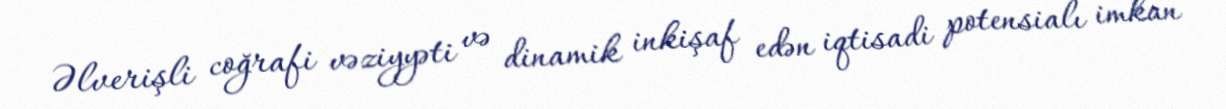
Əlverişli coğrafi vəziyyəti və dinamik inkişaf edən iqtisadi potensialı imkan